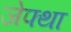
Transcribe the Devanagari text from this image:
जेफ्था